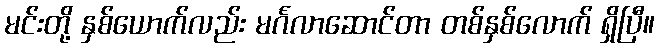
မင်းတို့ နှစ်ယောက်လည်း မင်္ဂလာဆောင်တာ တစ်နှစ်လောက် ရှိပြီ။